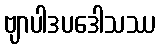
ဗျာပါဒပဒေါသဿ